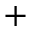
^ +